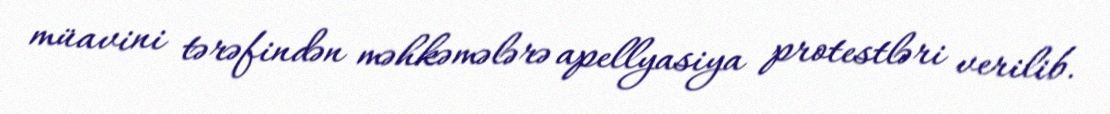
müavini tərəfindən məhkəmələrə apellyasiya protestləri verilib.